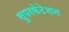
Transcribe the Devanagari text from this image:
सुपरफेटेशन